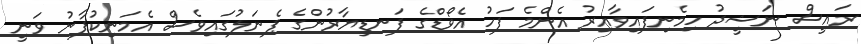
ރައީސް ނަޝީދު ހިމެނިފައިވާއިރު އެންމެ ފަހު އެވޯޑްގެ ފަނޑިޔާރުންގެ ޕެނަލުގައިވެސް އެމަނިކުފާނު ވަނީ